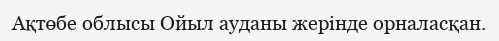
Ақтөбе облысы Ойыл ауданы жерінде орналасқан.